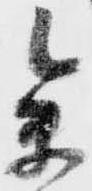
参